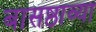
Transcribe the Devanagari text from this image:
बासष्ठाव्या